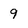
Character: 9